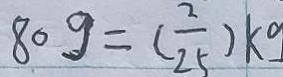
8 0 g = ( \frac { 2 } { 2 5 } ) k g